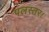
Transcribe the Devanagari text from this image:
पलस्तर।